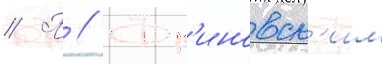
// П // Фр'иновск'им